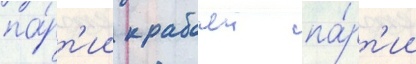
па́рт'ии к рабочеи па́рт'ии